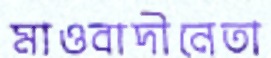
মাওবাদীনেতা